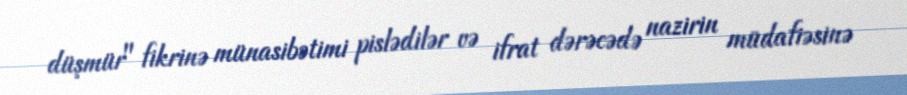
düşmür" fikrinə münasibətimi pislədilər və ifrat dərəcədə nazirin müdafiəsinə